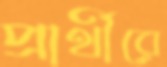
প্রার্থীরে